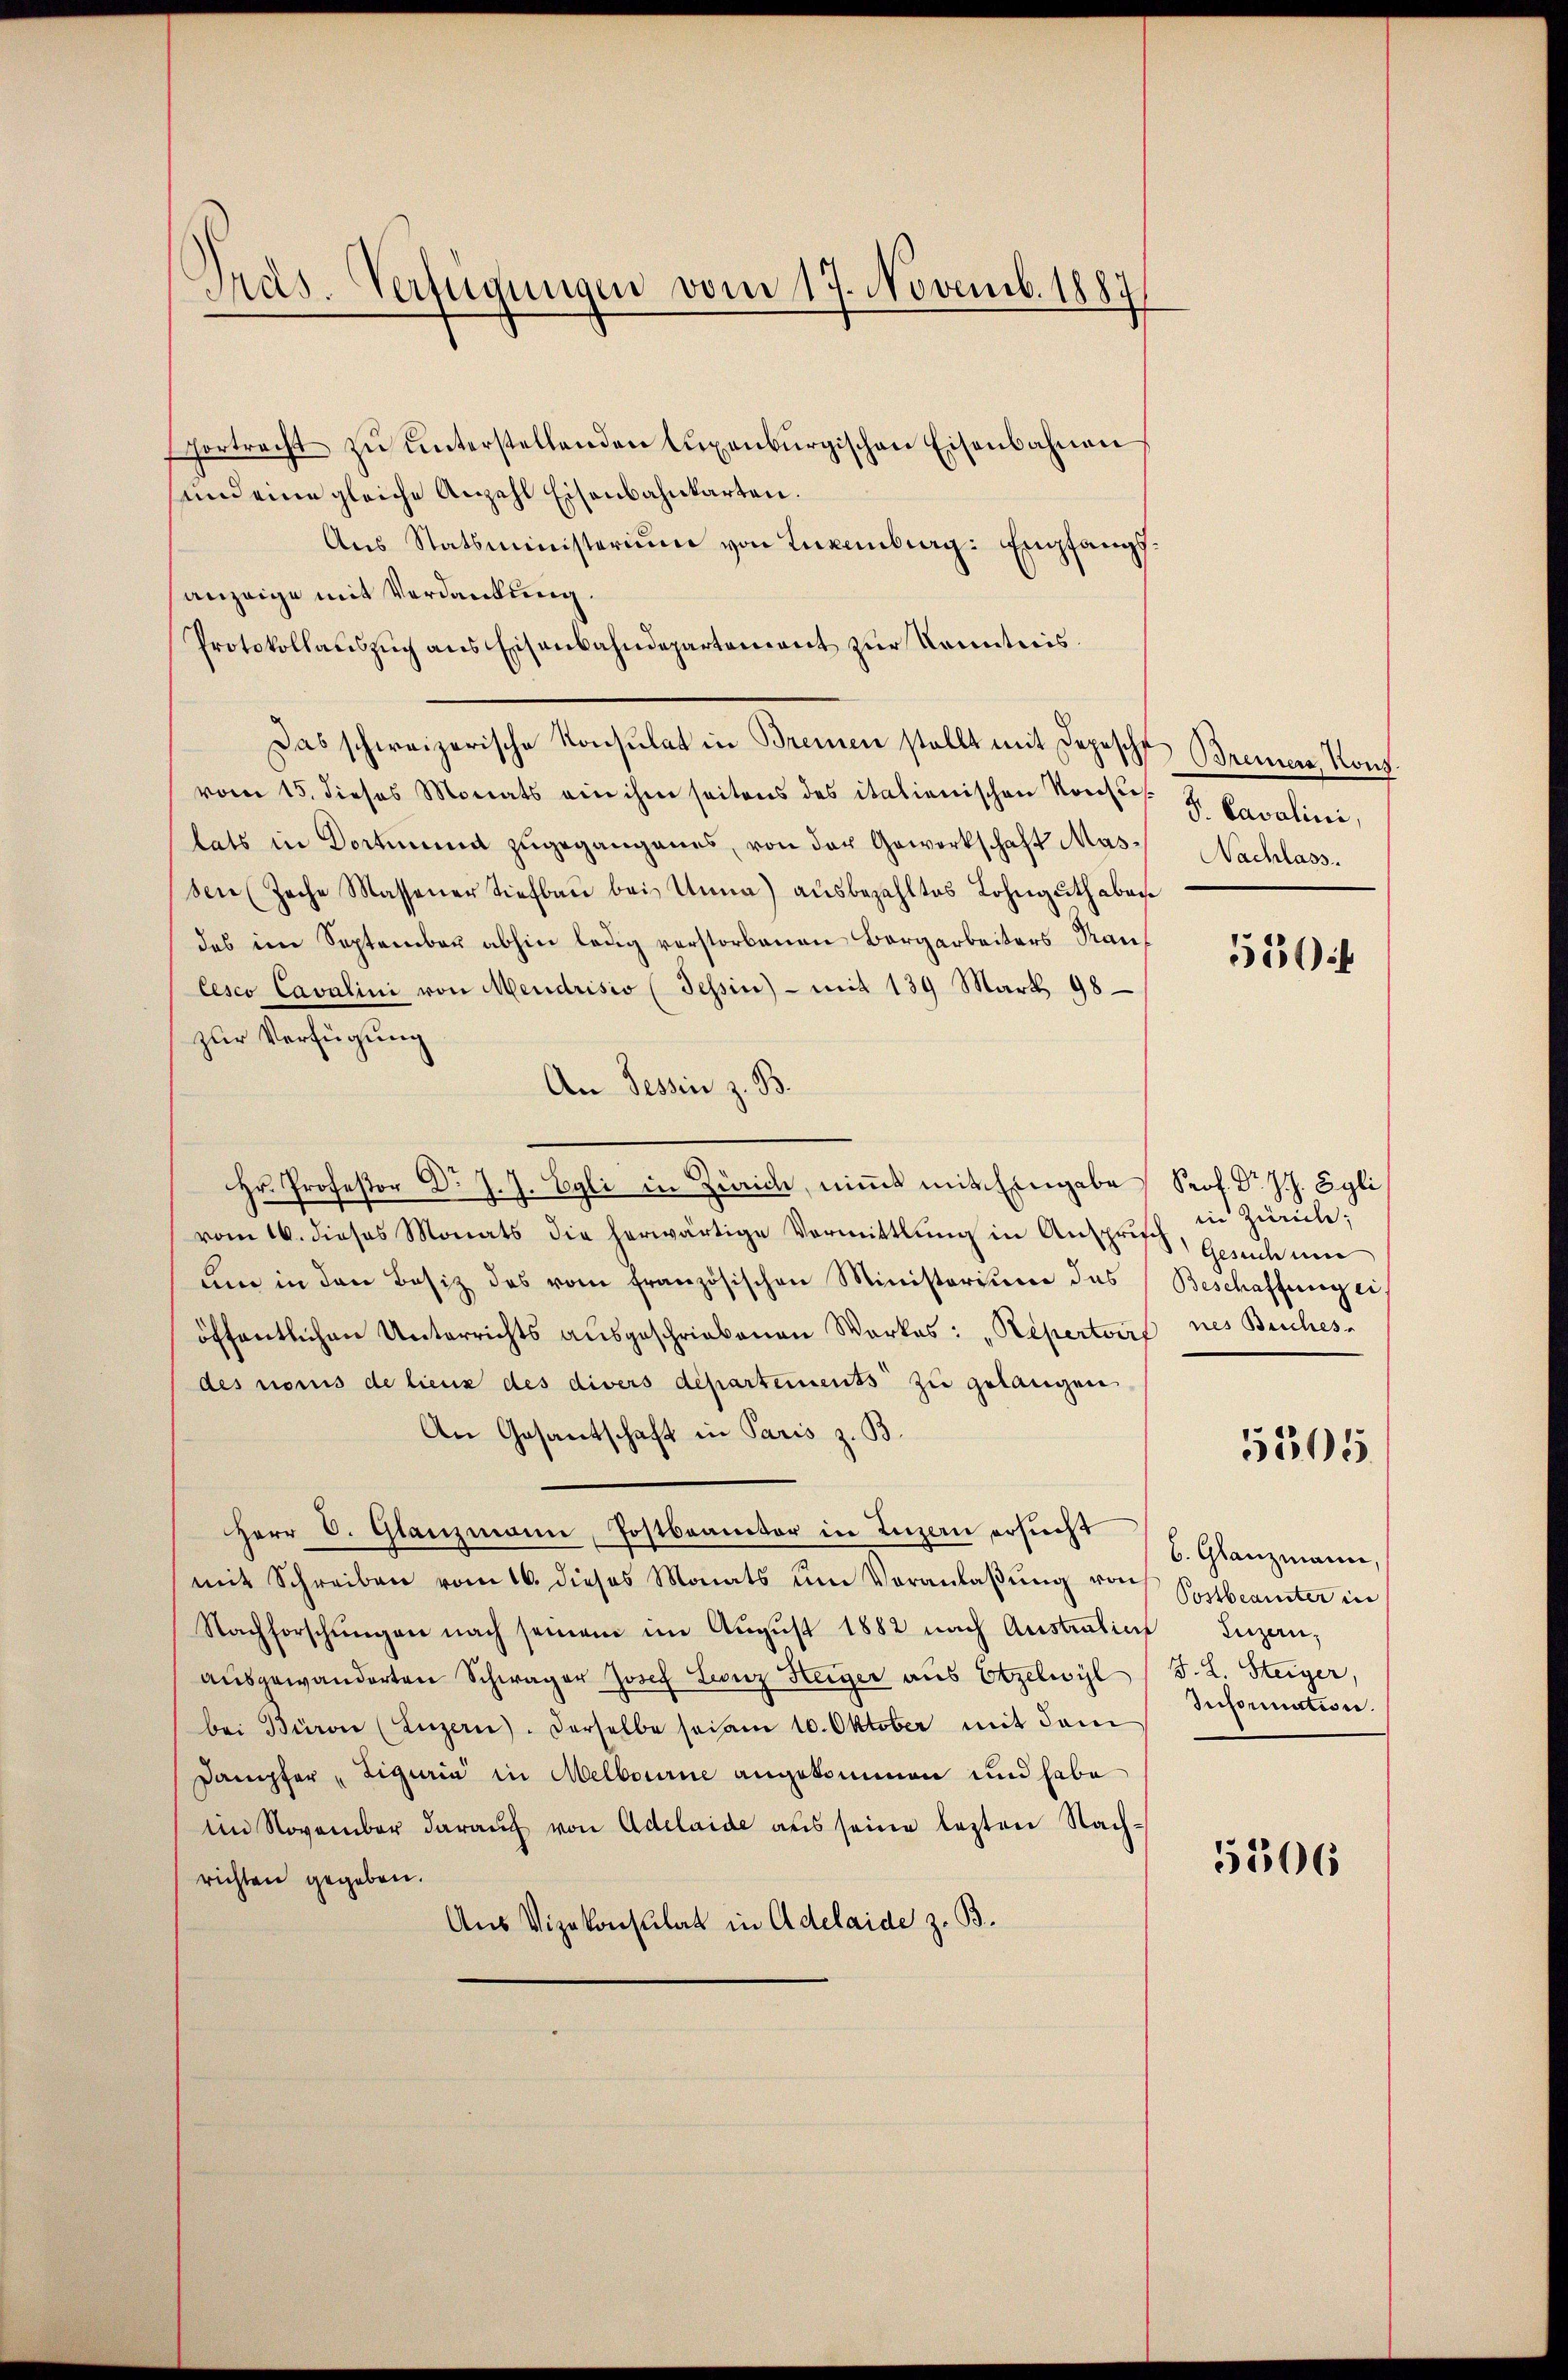
Pras. Verfügungen vom 17. Novemb. 1887

shortracht zŭ ŭnterstellenden Luxenburgischen Eisenbahnen
sind eine gleiche Anzahl Eisenbahnkarten.
Aŭs Statsministerium von Luxenburg: Emfangsanzeige mit Verdankung.
Protokollauszug aus Eisenbahndepartement zur Kenntnis.
Das schweizerische Konsulat in Bremen stellt mit Depesche Bremens, Konz
vom 15. dieses Monats ein ihm seitens des italienischen Konsus.
lats in Dortmund zŭgegangenes, von der Gewerkschaft Mas- Nachlass
sen (Zache Massener tiefbaŭ bei Unna) aŭsbezahltes Lohngŭthabens
des im September abhin ledig verstorbenen Bergarbeiters Rau¬
Cesco Cavalini von Mendrisio (Tessin - mit 139 Mart. 98
zur Verfügung
An Tessin z. B.
Hr. Professor Dr J. J. Egli in Zürich, nimmt mit Eingabe Prof. Dr J. J. Egli
vom 16. dieses Monats die herwärtige Vormittlung in Anspruch, Gesuch um
ŭm in den Besitz des vom französischen Ministerium das Beschaffung ei-
öffentlichen Unterrichts ausgeschriebenen Werkes: "Repertoire nes Buches-
des nomis de lieux des divers departements zu gelangen
An Gesantschaft in Paris z. B.
Herr C. Glanzmann, Postbranter in Luzern ersŭcht (l. Glanzmauer,
mit Schreiben vom 16. dieses Monats ŭm Veranlaβŭng von Postbeamter in
Nachforschŭngen nach seinem im Aŭgŭst 1882 nach Austration Luzern,
aŭsgewanderten Schwager Josef Leonz Heiger aus Erzelwyl /F. L. Steiger,
bei Büro (Luzern. Derselbe sei am 10. Oktober mit dem
Dampfer, Liguria in Melbourne angekommen und habe
Ein November daraŭf von Adelaide aŭs seine lezten Nachrichten gegeben.
Aus Vizekonsulat in Adelaide z. B.

J. Cavalini,

350f

in Zürich;

5505

Information.

5306